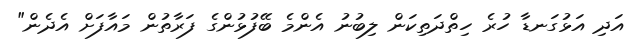
އަދި އަޅުގަނޑާ ހުރެ ހިތްދަތިކަން ލިބުނު އެންމެ ބޭފުޅުންގެ ފަރާތުން މައާފަށް އެދެން"